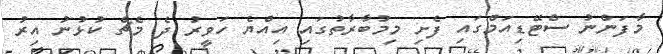
މާފަންނު ސްޓޭޑިއަމްގައި ފެށި މިމުބާރާތުގައި އިއްޔެ ހަވީރު ދެ މެޗް ކުޅުނު އިރު